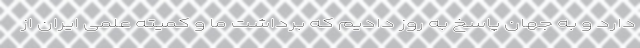
دارد و به جهان پاسخ به روز دادیم که برداشت ما و کمیته علمی ایران از